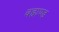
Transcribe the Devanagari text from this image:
बह्मण्ड